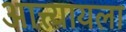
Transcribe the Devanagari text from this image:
आत्त्यायला